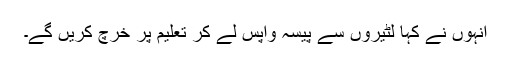
انہوں نے کہا لٹیروں سے پیسہ واپس لے کر تعلیم پر خرچ کریں گے۔